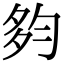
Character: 𡖒